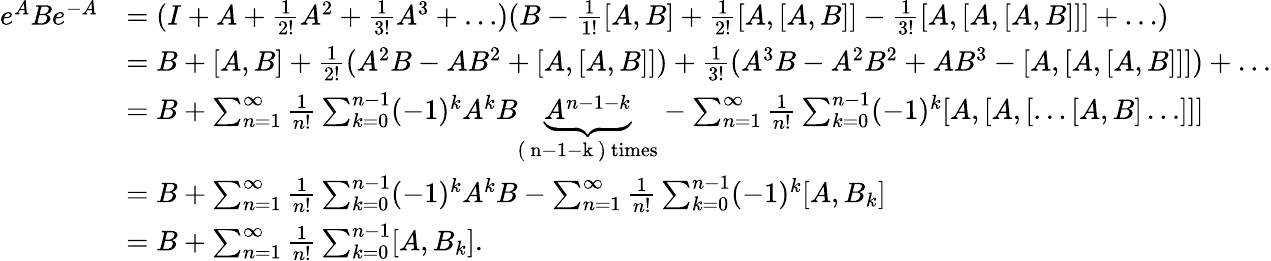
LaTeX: \begin{array}{rl}{e^{A}Be^{-A}}&{=(I+A+\frac{1}{2!}A^{2}+\frac{1}{3!}A^{3}+\dots)(B-\frac{1}{1!}[A,B]+\frac{1}{2!}[A,[A,B]]-\frac{1}{3!}[A,[A,[A,B]]]+\dots)}\\ &{=B+[A,B]+\frac{1}{2!}(A^{2}B-AB^{2}+[A,[A,B]])+\frac{1}{3!}(A^{3}B-A^{2}B^{2}+AB^{3}-[A,[A,[A,B]]])+\dots}\\ &{=B+\sum_{n=1}^{\infty}\frac{1}{n!}\sum_{k=0}^{n-1}(-1)^{k}A^{k}B\underbrace{A^{n-1-k}}_{\mathrm{(~n-1-k~)~times}}-\sum_{n=1}^{\infty}\frac{1}{n!}\sum_{k=0}^{n-1}(-1)^{k}[A,[A,[\dots[A,B]\dots]]]}\\ &{=B+\sum_{n=1}^{\infty}\frac{1}{n!}\sum_{k=0}^{n-1}(-1)^{k}A^{k}B-\sum_{n=1}^{\infty}\frac{1}{n!}\sum_{k=0}^{n-1}(-1)^{k}[A,B_{k}]}\\ &{=B+\sum_{n=1}^{\infty}\frac{1}{n!}\sum_{k=0}^{n-1}[A,B_{k}].}\end{array}